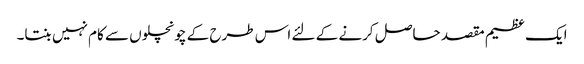
ایک عظیم مقصد حاصل کرنے کے لئے اس طرح کے چونچلوں سے کام نہیں بنتا۔